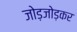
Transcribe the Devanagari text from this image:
जोड़जोड़कर